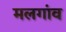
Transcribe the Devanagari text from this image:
मलगांव